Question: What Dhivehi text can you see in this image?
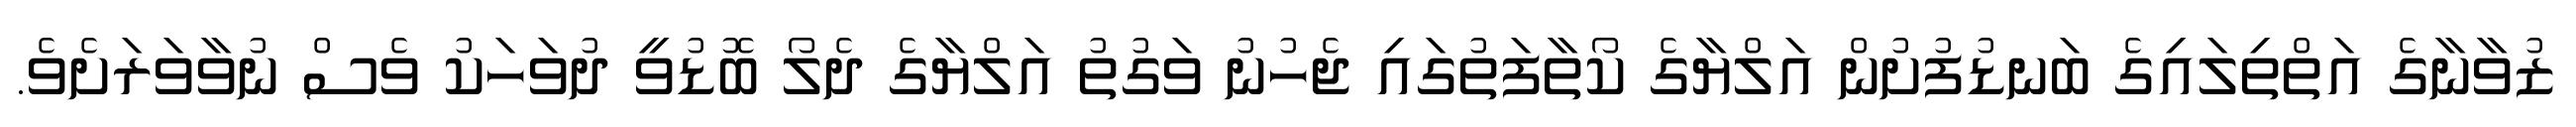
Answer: ޒުވާނާގެ އަތްތިލައިގެ ބަނޑުފުށުން އަލްޔާގެ ކޯތާފަތުގައި ޖެހުނު ވަގުތު އަލްޔާގެ ދެލޯ ބޮޑުވީ ދުވަހަކު ވެސް ނުވާވަރަށެވެ.